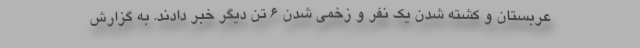
عربستان و کشته شدن یک نفر و زخمی شدن ۶ تن دیگر خبر دادند. به گزارش